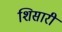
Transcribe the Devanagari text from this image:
शिसारी